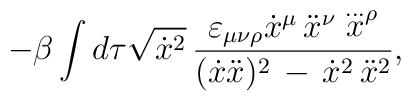
-\beta \int d\tau \sqrt{\dot x^2}\,\frac{\varepsilon_{\mu \nu \rho}\dot x^\mu\, \ddot x^\nu \stackrel{\ldots}{x}^\rho}{{(\dot x\ddot x)^2\,-\,\dot x^2\,\ddot x^2}},